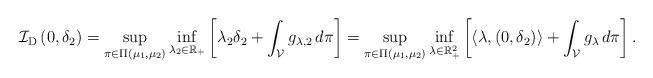
LaTeX: \begin{align*}\mathcal{I}_{\mathrm{D}}\left(0, \delta_2\right)=\sup _{\pi \in \Pi\left(\mu_1, \mu_2\right)} \inf _{\lambda_2 \in \mathbb{R}_{+}}\left[\lambda_2 \delta_2+\int_{\mathcal{V}} g_{\lambda, 2} \, d \pi\right]= \sup_{\pi \in \Pi(\mu_1, \mu_2) } \inf _{\lambda \in \mathbb{R}^2_{+} }\left[ \langle \lambda , \left( 0, \delta_2 \right) \rangle + \int_{\mathcal{V}} g_{\lambda} \, d \pi\right] .\end{align*}